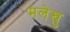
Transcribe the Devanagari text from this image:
मलेखु